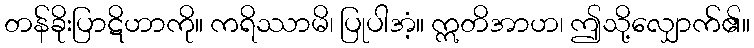
တန်ခိုးပြာဋိဟာကို။ ကရိဿာမိ၊ ပြုပါအံ့။ ဣတိအာဟ၊ ဤသို့လျှောက်၏။